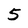
Character: 5